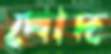
খোদ